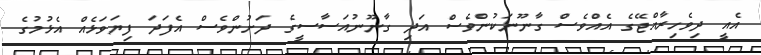
އެއީ ދިވެހިރާއްޖޭގެ އެއްވެސް ގާނޫނަކުންވެސް އަދި ގާނޫނުއަސާސީގެ ދަށުންވެސް އެފަދަ ފިޔަވަޅެއް އެޅުމުގެ